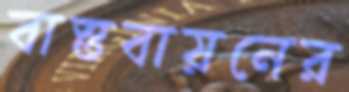
বাস্তবায়নের